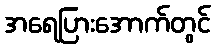
အရေပြားအောက်တွင်